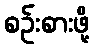
စဉ်းစားဖို့